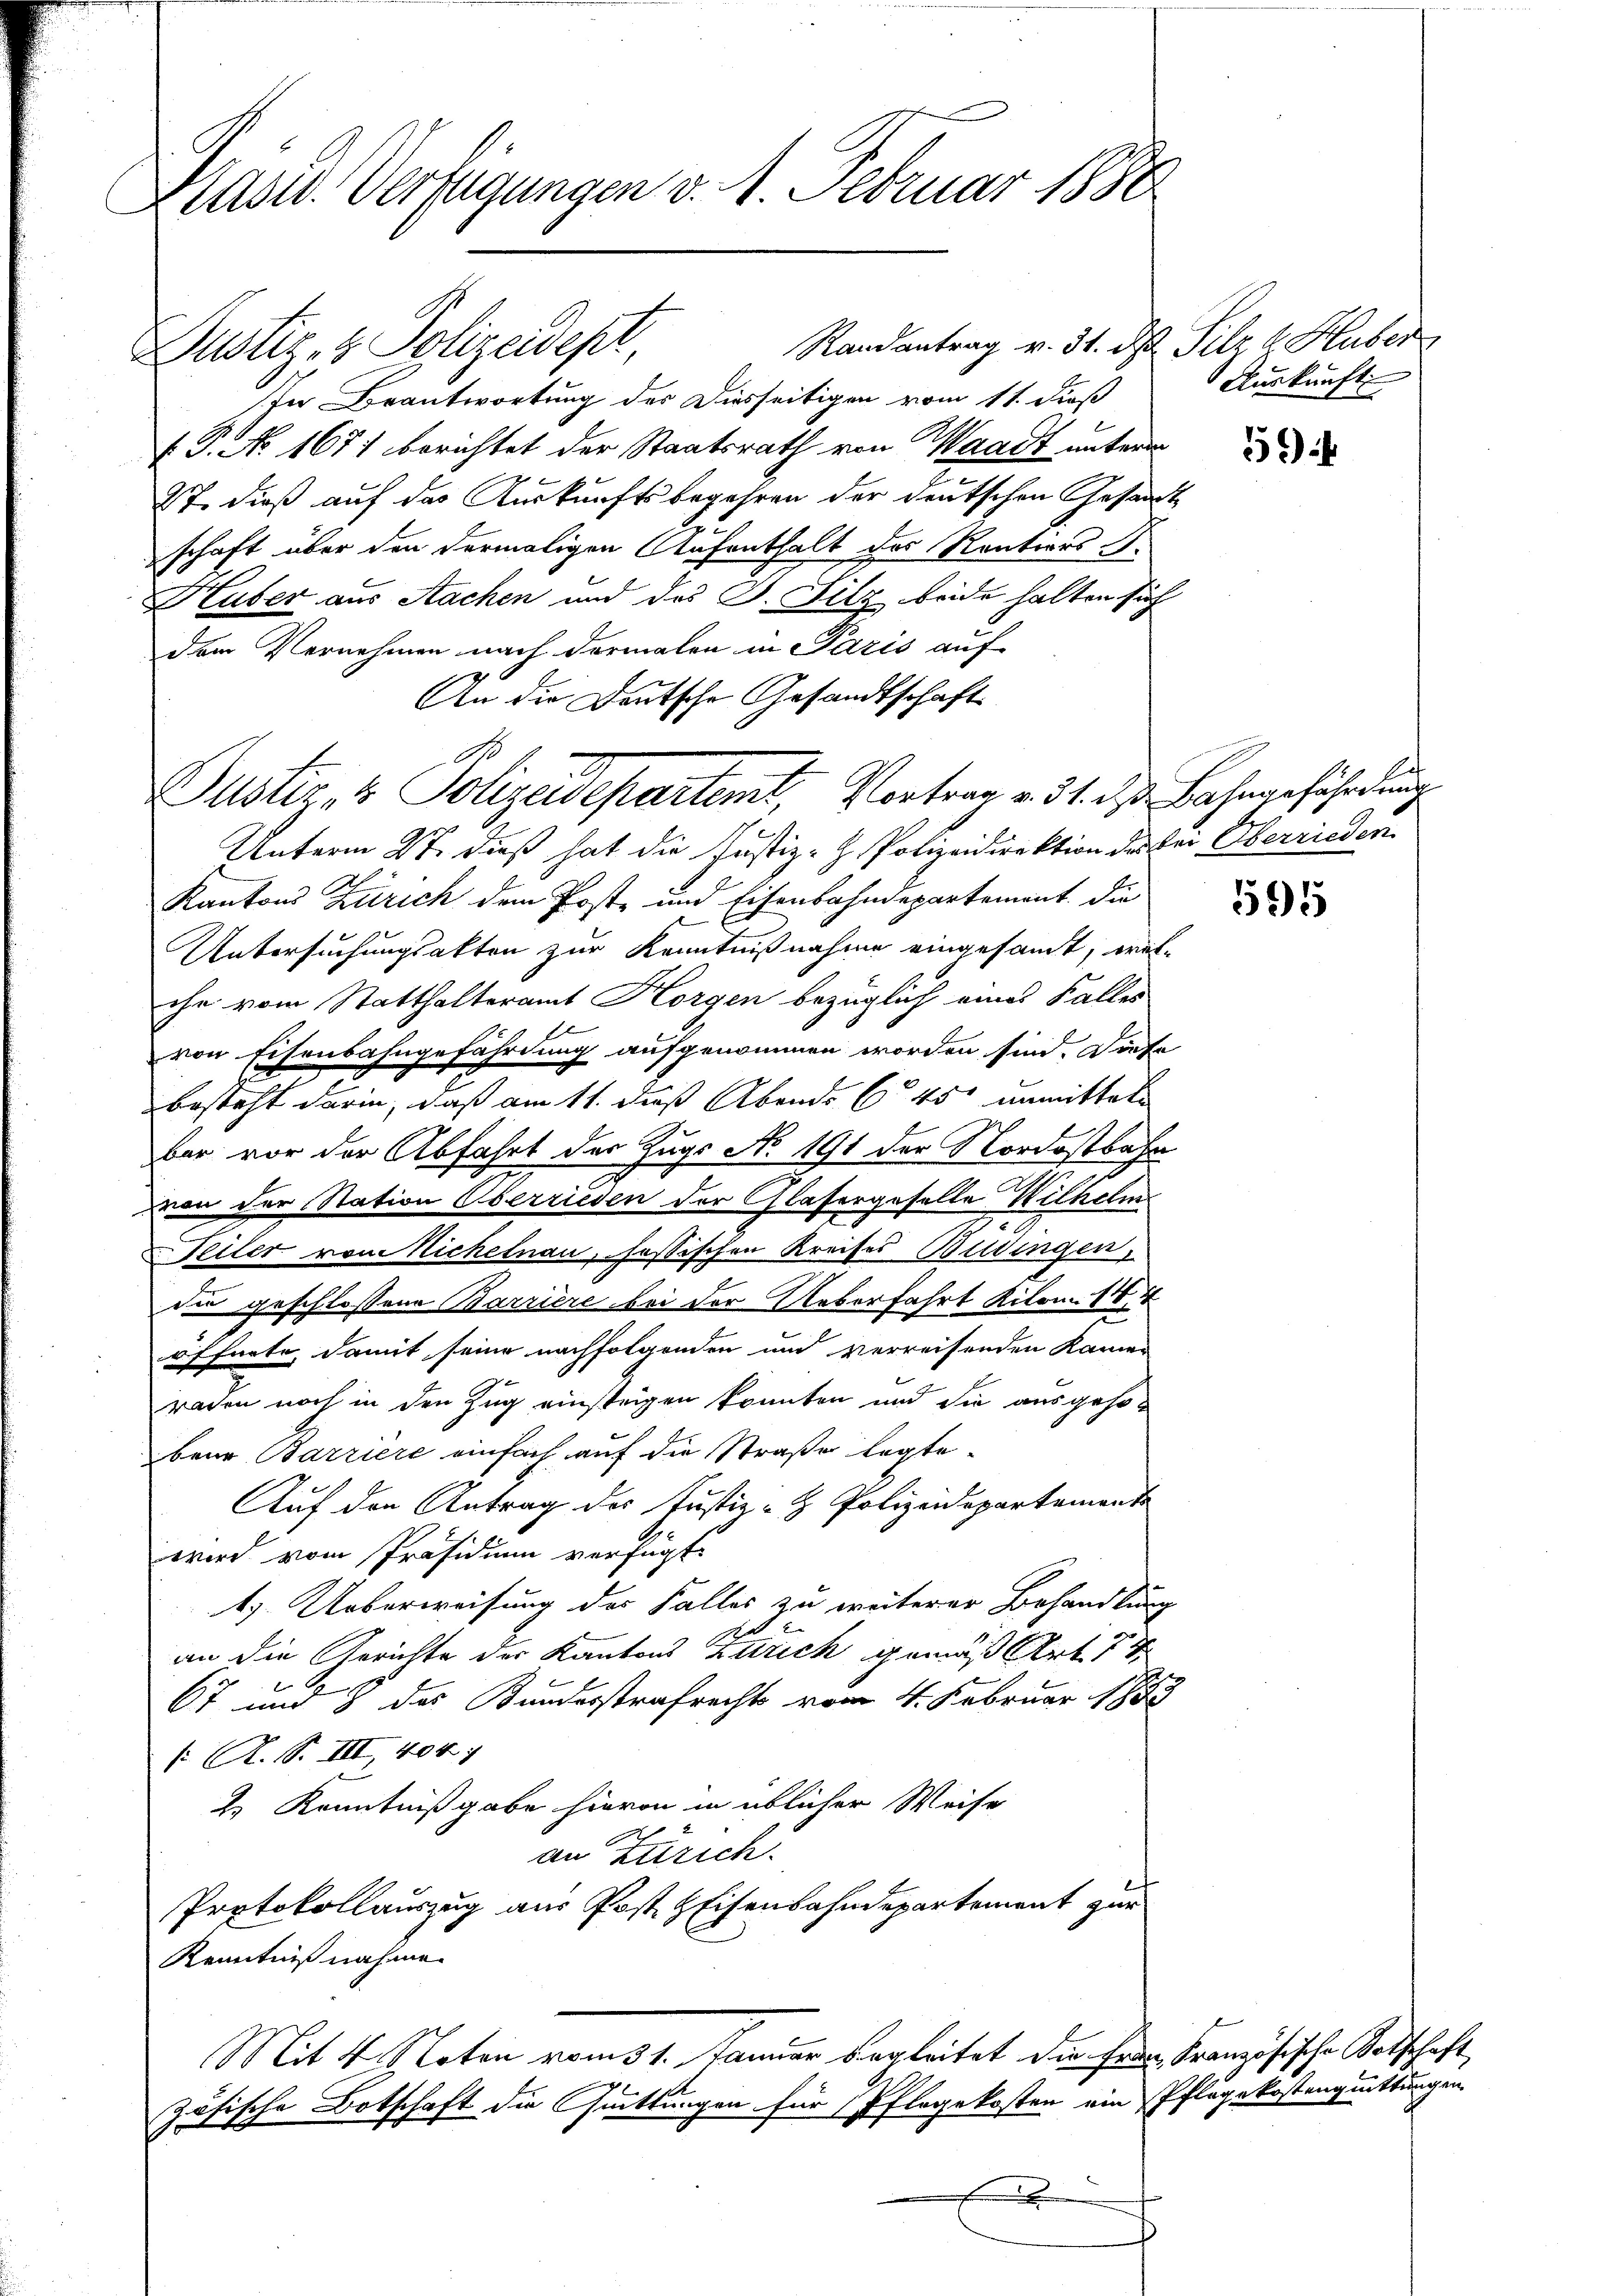
Präses Verfügungen v. 1. Februar 1880

Dustiz- & Polizeidept,
In Beantwortung des Diesseitigen vom 11. dieß
F. P. No 1671 berichtet der Staatsrath von Waadt unterm
S7. dieß auf das Auskunftsbegehren der deutschen Gesandt
schaft über den dermaligen Aufenthalt des Rentions S.
Huber aus Nachen und des J. Filz beide halten sich
dem Vernehmen nach dermalen in Paris auf
An die Deutsche Gesandtschaft
Unterm 27. dieß hat die Justiz-H. Polizeidirektion des bei Oberrieden
Kantons Zürich dem Post- und Eisenbahndepartement, die
Untersuchungsakten zur Kenntnißnahme eingesandt, welche vom Statthalteramt Horgen bezüglich eines Falles
von Eisenbahngefährdung aufgenommen worden sind. Diese
besteht darin, daß am 11. daß Abends 645 unmittels
bar vor der Abfahrt der Zugs No 191 der Nordostbahn
von der Station Oberrieden der Glasergeselle Wilhelm
Peiter vom Nichelnau, sassischen Kreises Büdingen,
dee geschlossene Barriere bei der Ueberfahrt Kilon. 184
öffnete, damit seine nachfolgenden und verreisenden Kamer
raden noch in den Zug einstrigen könnten und die ausgehobeim Barriere einfach auf die Straße legte.
Auf den Antrag des Justiz- & Polizeidepartemente
wird vom Präsidium verfügt:
1.) Ueberweisung des Falles zu weiterer Behandlung
an die Gerichte der Kantons Zürich gemäß Art. 7
67 und 3 des Bundesstrafrechts vom 4. Februar 1888
 R. S. III, 404.
2.) Kenntnißgabe hievon in üblicher Weise
.
an Zürich.
Protokollauszug aus Post HEisenbahndepartement zur
Kenntnißnahme.
Mit 4 Noten vom 31. Januar begleitet die feine Französische Vorschaft,
zösische Botschaft die Quittungen für Pflegekosten ein Pflegekostenquittungen
x

No
uster, 4 Polizeidepartemt, Vortrag v. 31. ds Bahngefährdung

Randantrag v. 31. d. Silz d. Huber

Auskunft

594

1595